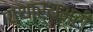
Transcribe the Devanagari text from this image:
यथार्थभरी